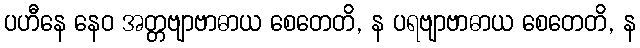
ပဟီနေ နေဝ အတ္တဗျာဗာဓာယ စေတေတိ, န ပရဗျာဗာဓာယ စေတေတိ, န